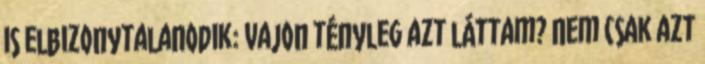
is elbizonytalanodik: vajon tényleg azt láttam? Nem csak azt